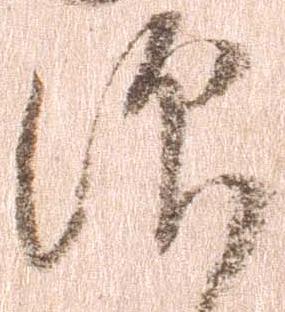
仰